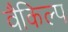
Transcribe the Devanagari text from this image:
वैकिल्प